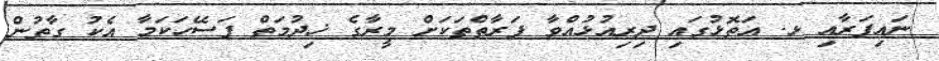
ނައިފަރާއި ޅ. އަތޮޅުގައި ދިރިއުޅުއްވާ ފަރާތްތަކަށް މީރާގެ ޚިދުމަތް ފަސޭހަކަމާ އެކު ގާތުން